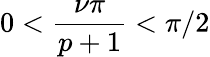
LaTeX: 0<\displaystyle\frac{\nu\pi}{p+1}<\pi/2